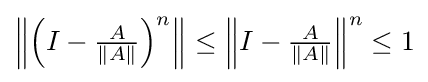
{\textstyle \left\|\left(I-{\frac {A}{\|A\|}}\right)^{n}\right\|\leq \left\|I-{\frac {A}{\|A\|}}\right\|^{n}\leq 1}